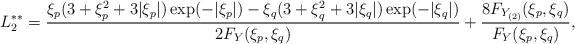
LaTeX: \begin{align*} L_{2}^{\ast\ast}&=\frac{\xi_{p}(3+\xi_{p}^{2}+3|\xi_{p}|)\exp(-|\xi_{p}|)-\xi_{q}(3+\xi_{q}^{2}+3|\xi_{q}|)\exp(-|\xi_{q}|)}{2F_{Y}(\xi_{p},\xi_{q})}+\frac{8F_{Y_{(2)}}(\xi_{p},\xi_{q})}{F_{Y}(\xi_{p},\xi_{q})},\end{align*}